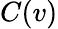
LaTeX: C(v)